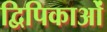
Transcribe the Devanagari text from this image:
द्विपिकाओं